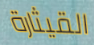
القيثارة